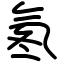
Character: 氡